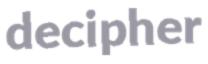
decipher